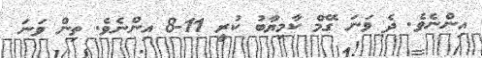
އިންނެވެ. ދެ ވަނަ ގޭމް ކާމިޔާބު ކުރީ 11-8 އިންނެވެ. ތިން ވަނަ